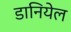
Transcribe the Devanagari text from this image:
डानियेल